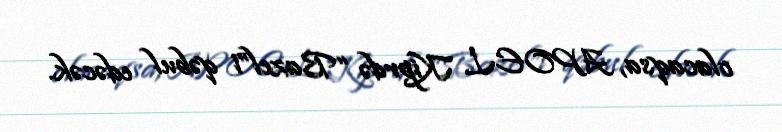
olacaqsa, APOEL Kiprdə “Bazel”i qəbul edəcək.